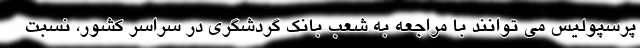
پرسپولیس می توانند با مراجعه به شعب بانک گردشگری در سراسر کشور، نسبت